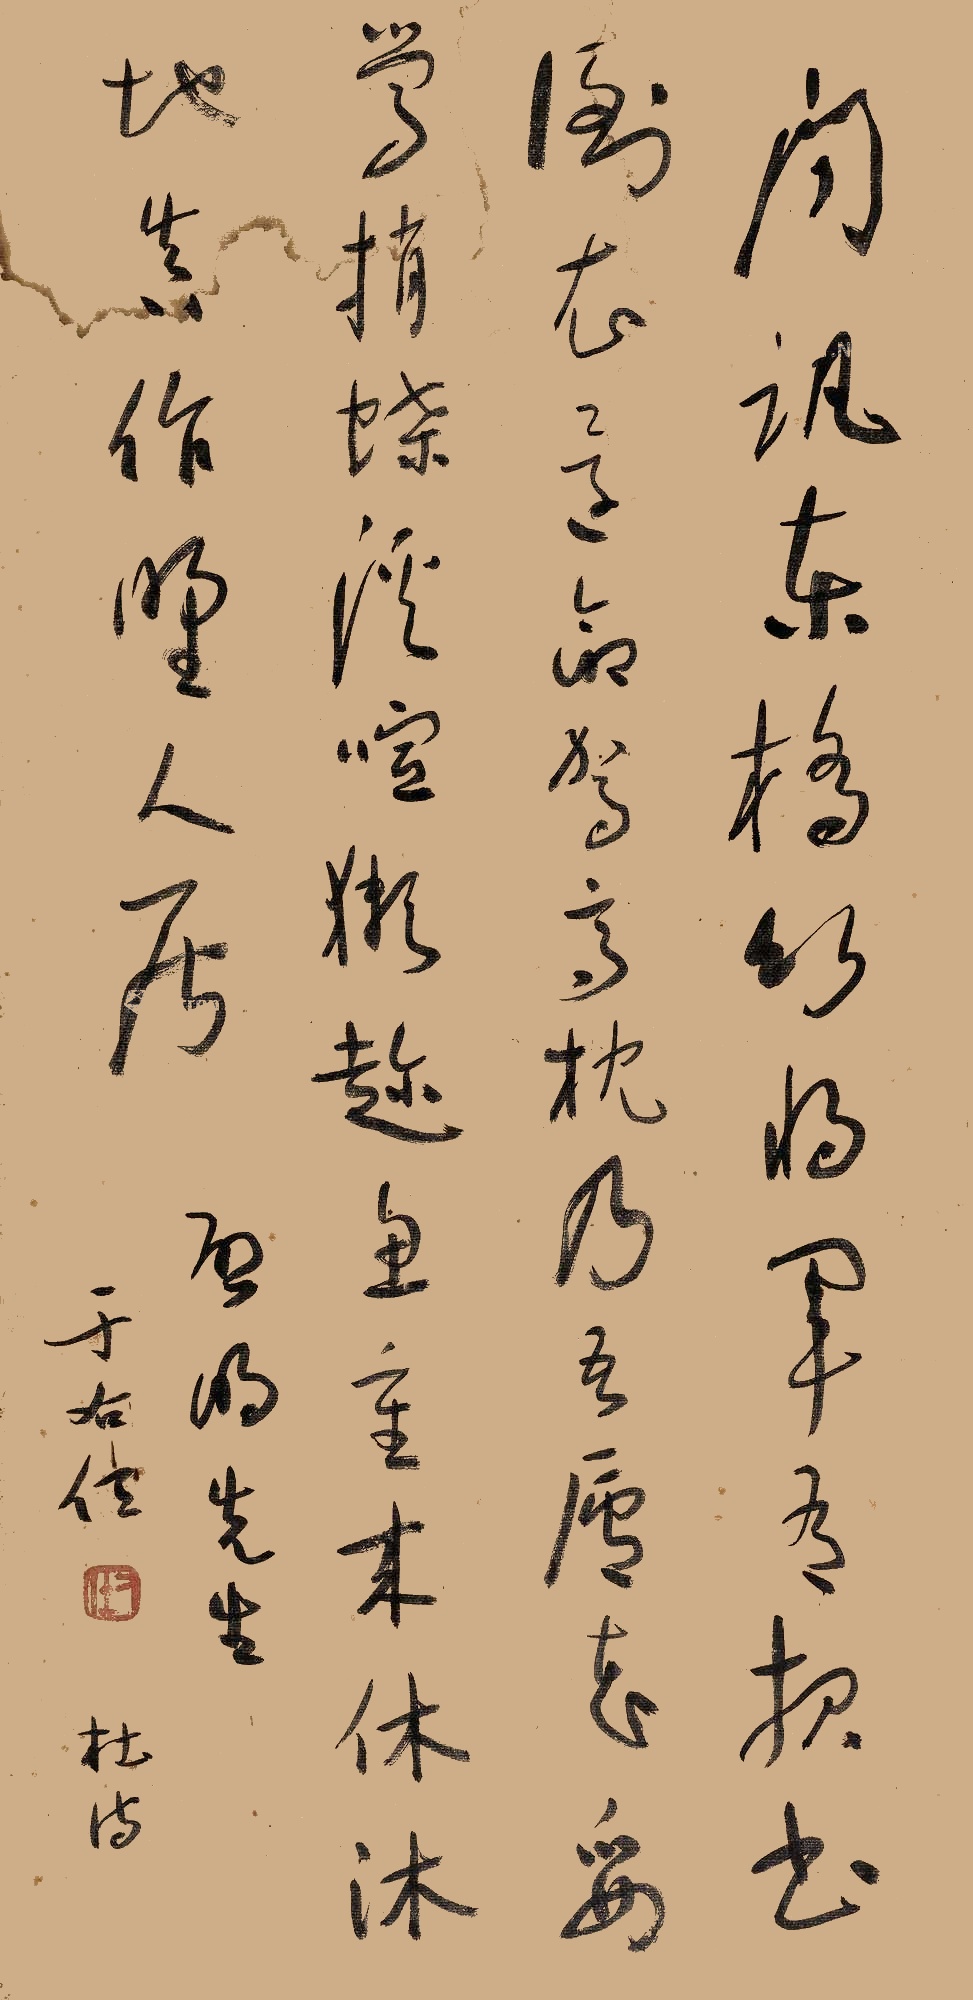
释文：问讯东桥竹，将军有报书。倒衣还命驾，高枕乃吾庐。花妥莺捎蝶，溪喧獭趁鱼。重来休沐地，真作野人居。启明先生，于右任，杜诗。